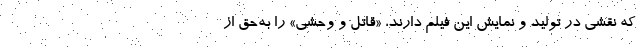
که نقشی در تولید و نمایش این فیلم دارند، «قاتل و وحشی» را به‌حق از